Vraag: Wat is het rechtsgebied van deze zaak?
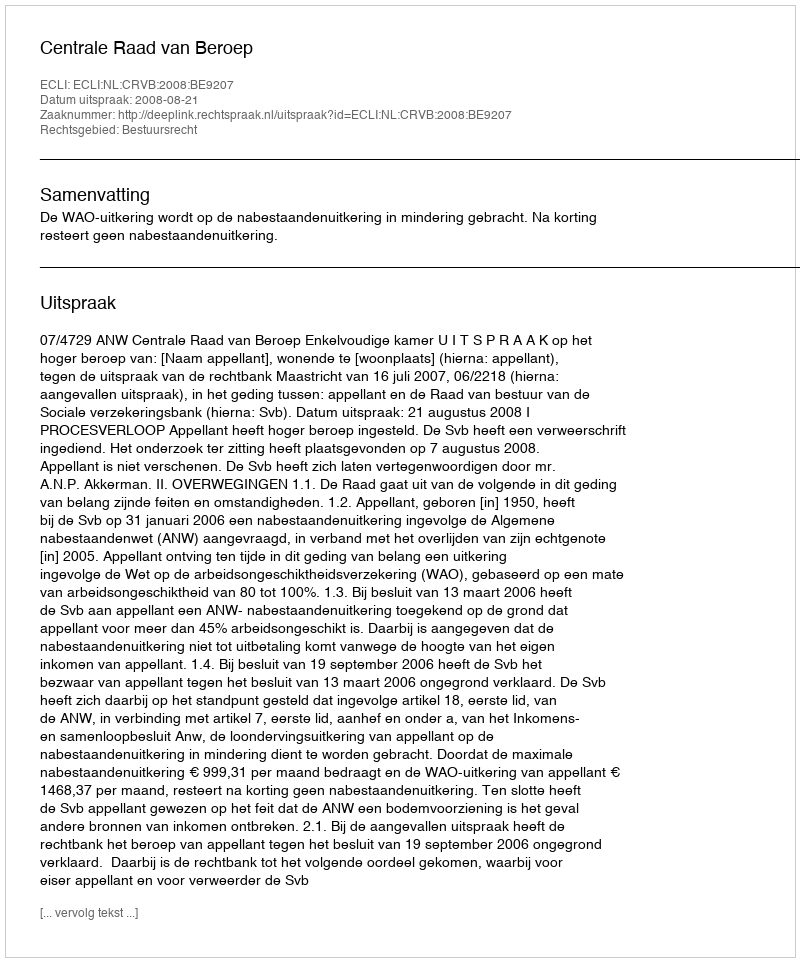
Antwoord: Bestuursrecht